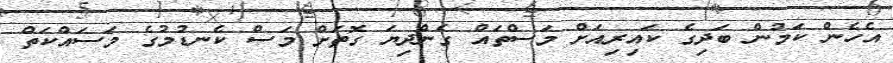
އެހެން ކަމުން ބަދިގެ ކައިރިއަށް މަސްތައް ގެންދިޔަ ގޮތަށް މަސް ކެނޑުމުގެ މަސައްކަތް